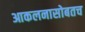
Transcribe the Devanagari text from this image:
आकलनासोबतच